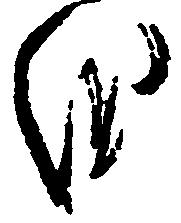
を